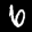
Label: 6